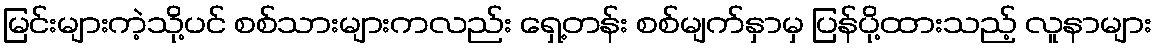
မြင်းများကဲ့သို့ပင် စစ်သားများကလည်း ရှေ့တန်း စစ်မျက်နှာမှ ပြန်ပို့ထားသည့် လူနာများ